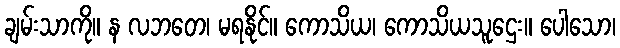
ချမ်းသာကို။ န လဘတေ၊ မရနိုင်။ ကောသိယ၊ ကောသိယသူဌေး။ ပေါသော၊